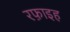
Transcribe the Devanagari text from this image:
रफ़ाइह